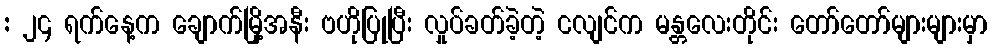
: ၂၄ ရက်နေ့က ချောက်မြို့အနီး ဗဟိုပြုပြီး လှုပ်ခတ်ခဲ့တဲ့ ငလျင်က မန္တလေးတိုင်း တော်တော်များများမှာ